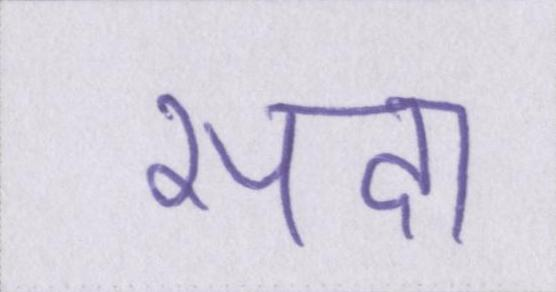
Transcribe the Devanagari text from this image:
सदा